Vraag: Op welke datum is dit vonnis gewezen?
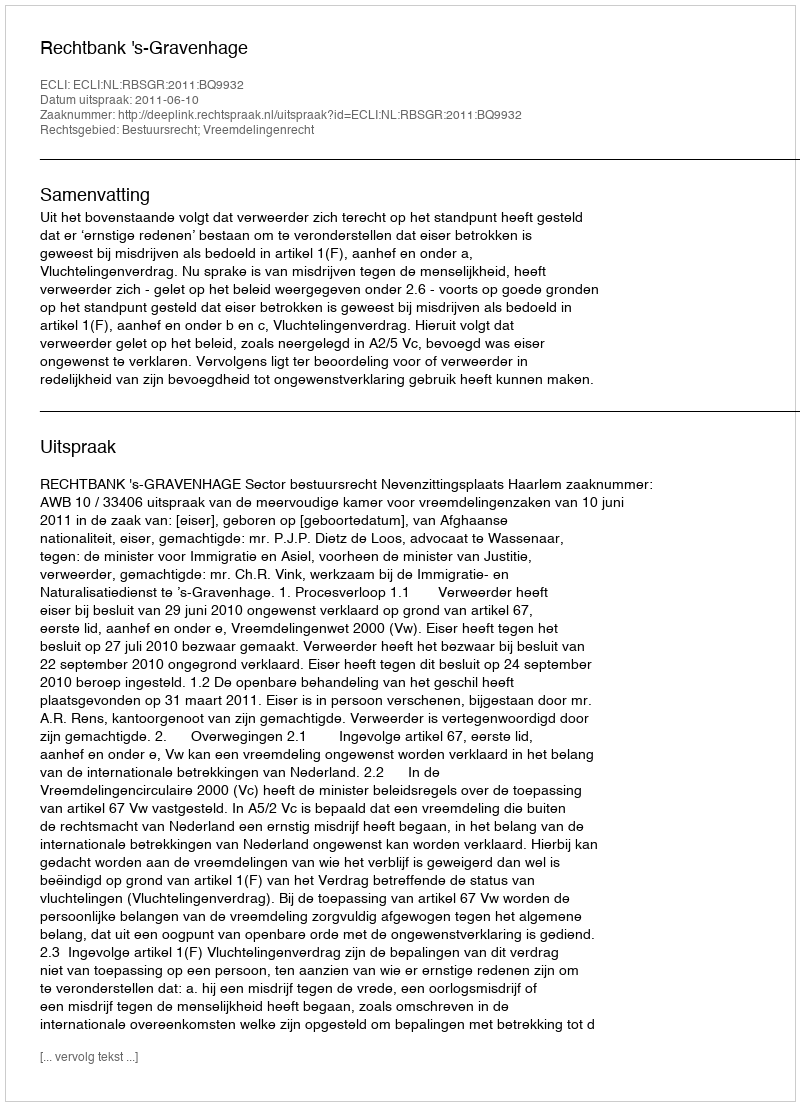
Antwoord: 2011-06-10